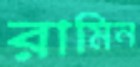
রামিন